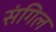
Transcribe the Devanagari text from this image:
संगिल